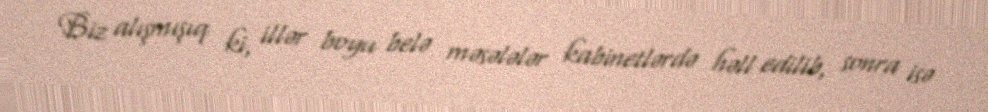
Biz alışmışıq ki, illər boyu belə məsələlər kabinetlərdə həll edilib, sonra isə